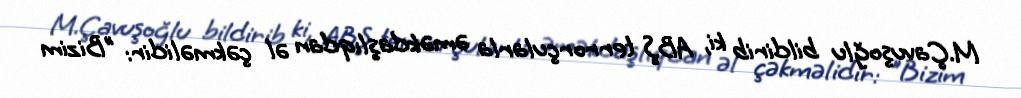
M.Çavuşoğlu bildirib ki, ABŞ terrorçularla əməkdaşlıqdan əl çəkməlidir: "Bizim